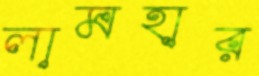
লামহার